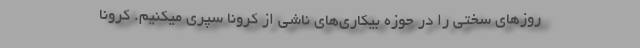
روزهای سختی را در حوزه بیکاری‌های ناشی از کرونا سپری میکنیم. کرونا